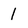
Character: 1